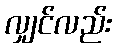
လျှင်လည်း